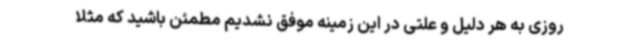
روزی به هر دلیل و علتی در این زمینه موفق نشدیم مطمئن باشید که مثلا